system: You are a helpful assistant.
user:
Analyze the provided spectrum to determine if it is a **M-type Giant (gM)**.

A M-type Giant spectrum is defined by its **strong molecular absorption** features, particularly from **Titanium Oxide (TiO)**. You must check for one of the following mutually exclusive signatures:

- **Key Visual Indicators (Absorption-Dominated Spectrum):**

    - **(Primary):** The spectrum is dominated by strong molecular absorption from **Titanium Oxide (TiO)**. This is the **defining feature** of its M-type temperature class.
        - **(Key Bandheads):** Look for sharp, "saw-tooth" absorption valleys. The strongest are located near **~7050 Å**, **~6160 Å**, and **~5170 Å**.
        - **(Line Profile):** The "saw-tooth" morphology is critical: a **sharp, steep drop on the BLUE (short-wavelength) side** of the bandhead, followed by a gradual recovery (rising flux) towards the RED (long-wavelength) side.

    - **(Key Confirmation - Giant vs. Dwarf):** **ABSENCE** of strong **Calcium Hydride (CaH)** molecular bands. This is the primary diagnostic for *excluding* M-dwarfs.
        - **(Key Region):** The spectrum should lack the strong, broad absorption band seen in dwarfs between **~6800 Å and ~7000 Å**.

    - **(Secondary Confirmation - Giant):** A very strong and broad **Neutral Calcium (Ca I)** atomic absorption line.
        - **(Key Line):** Located at **~4226 Å**. In a giant (gM), this line is significantly deeper and broader than the same line in an M-dwarf (dM) due to low surface gravity.

    - **(Overall Spectrum):**
        - The continuum is **extremely red-sloping** (i.e., flux is very low in the blue and rises dramatically towards the red).
        - The entire spectrum appears "chopped up" by the deep TiO bands.

Think first, call **spectral_visualization_tool** if needed to examine features in detail, then provide your final answer. Your response must adhere to the following strict rules:
1.  **Overall Structure:** Your response must follow the format `<think>...</think> <tool_call>...</tool_call> (if a tool is used) <answer>...</answer>`.
2.  **Tool Usage Constraint:** You may only make **one** tool call per turn.
3.  **Final Answer Format:** In the `<answer>` tag, your conclusion must be inside a `\boxed{}` command (e.g., `\boxed{YES}` or `\boxed{NO}`), followed by your justification.

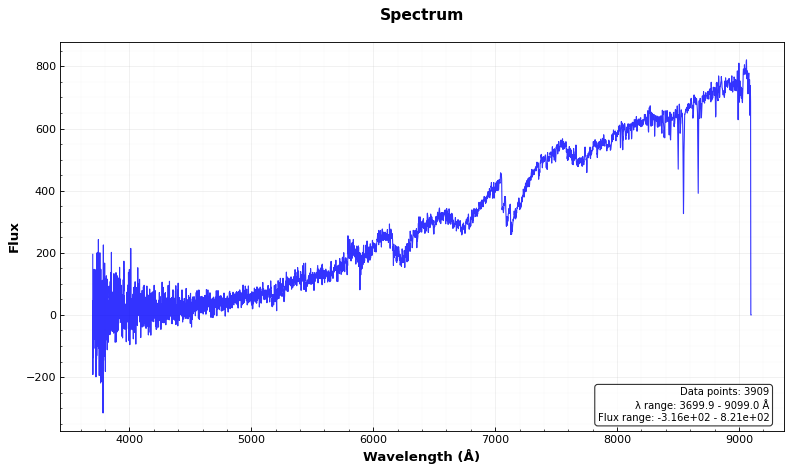
Answer: YES